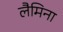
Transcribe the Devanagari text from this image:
लैमिना